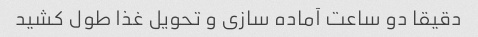
دقیقا دو ساعت آماده سازی و تحویل غذا طول کشید